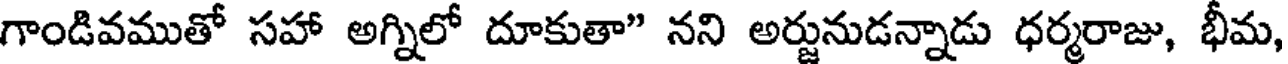
గాండివముతో సహా అగ్నిలో దూకుతా" నని అర్జునుడన్నాడు ధర్మరాజు, భీమ,